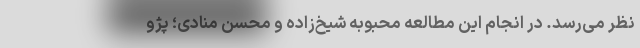
نظر می‌رسد. در انجام این مطالعه محبوبه شیخ‌زاده و محسن منادی؛ پژو